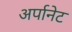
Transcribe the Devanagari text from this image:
अर्पानेट